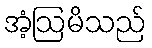
အံ့ဩမိသည်